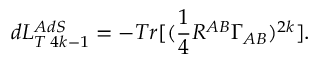
d L _ { T \; 4 k - 1 } ^ { A d S } = - T r [ ( \frac { 1 } { 4 } R ^ { A B } \Gamma _ { A B } ) ^ { 2 k } ] .